Scottish Certificate of Education, 1963
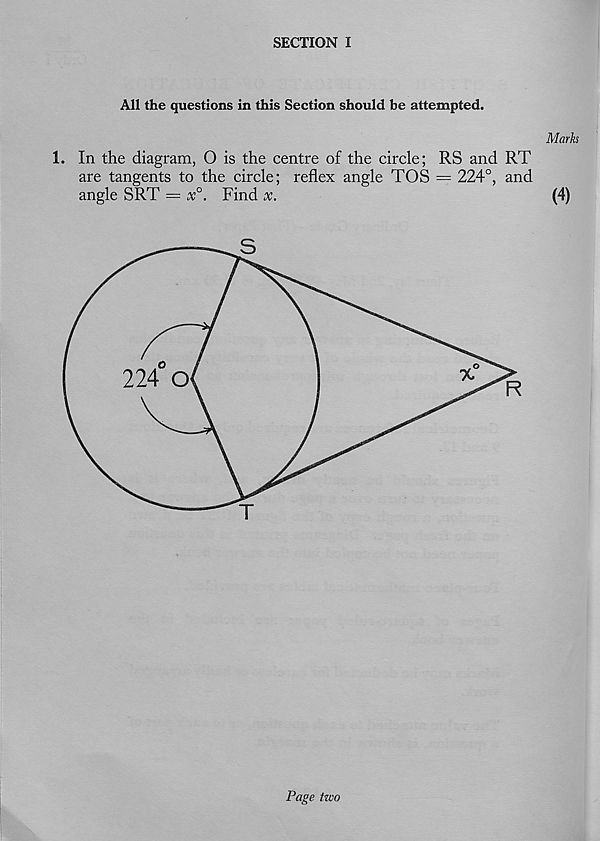
SECTION I
All the questions in this Section should be attempted.
Marks
1. In the diagram, O is the centre of the circle; RS and RT
are tangents to the circle; reflex angle TOS = 224°, and
angle SRT = x°. Find x.
(4)
Page two